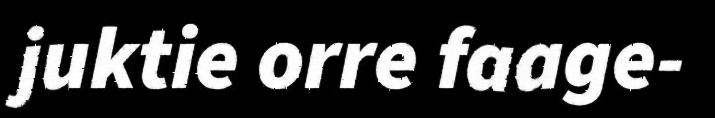
juktie orre faage-